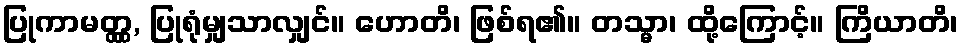
ပြုကာမတ္တ္ထ, ပြုရုံမျှသာလျှင်။ ဟောတိ၊ ဖြစ်ရ၏။ တသ္မာ၊ ထို့ကြောင့်။ ကြိယာတိ၊